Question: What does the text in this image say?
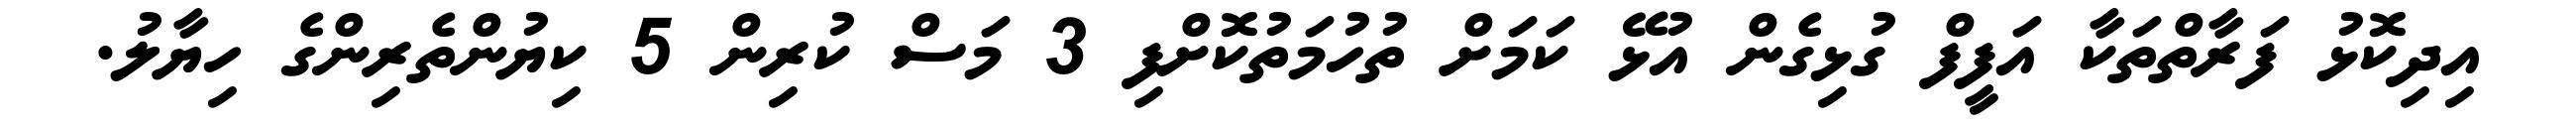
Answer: އިދިކޮޅު ފަރާތްތަކާ އަފީފް ގުޅިގެން އުޅޭ ކަމަށް ތުހުމަތުކޮށްފި 3 މަސް ކުރިން 5 ކިޔުންތެރިންގެ ހިޔާލު.